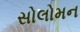
સોલોમન